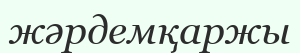
жәрдемқаржы